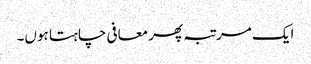
ایک مرتبہ پھر معافی چاہتا ہوں۔